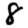
Digit: 8